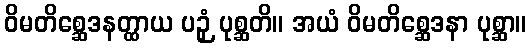
ဝိမတိစ္ဆေဒနတ္ထာယ ပဉှံ ပုစ္ဆတိ။ အယံ ဝိမတိစ္ဆေဒနာ ပုစ္ဆာ။